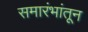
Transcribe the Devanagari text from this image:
समारंभांतून